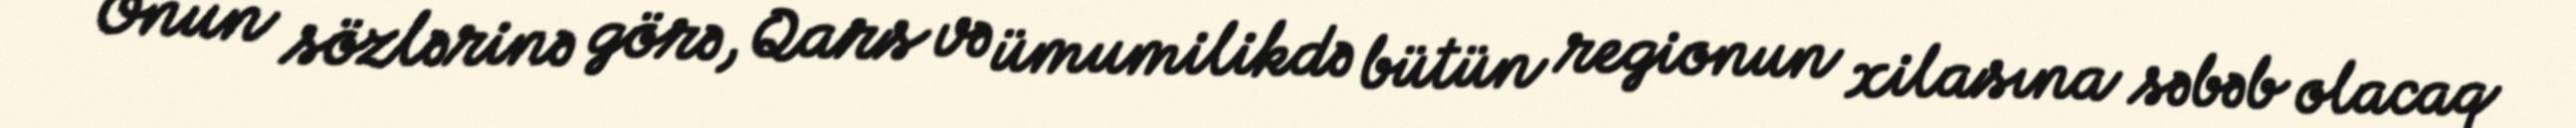
Onun sözlərinə görə, Qars və ümumilikdə bütün regionun xilasına səbəb olacaq